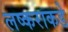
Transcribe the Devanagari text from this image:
लष्कराकडे